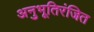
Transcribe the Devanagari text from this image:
अनुभूतिरंजित